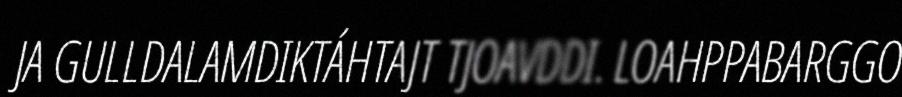
JA GULLDALAMDIKTÁHTAJT TJOAVDDI. LOAHPPABARGGO